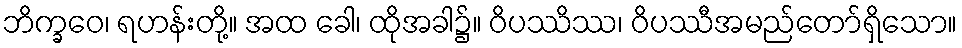
ဘိက္ခဝေ၊ ရဟန်းတို့။ အထ ခေါ၊ ထိုအခါ၌။ ဝိပဿိဿ၊ ဝိပဿီအမည်တော်ရှိသော။